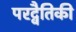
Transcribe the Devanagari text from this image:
परद्वैतिकी